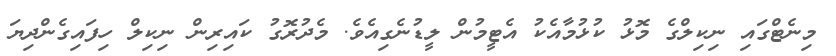
މިނެޓްގައި ނިކިލްގެ މޮޅު ކުޅުމާއެކު އެޓީމުން ލީޑުނެގިއެވެ. މެދުރޮގު ކައިރިން ނިކިލް ހިފައިގެންދިޔަ